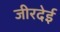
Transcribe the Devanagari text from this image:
जीरदेई